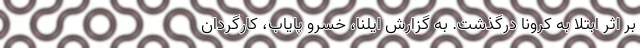
بر اثر ابتلا به کرونا درگذشت. به گزارش ایلنا، خسرو پایاب، کارگردان